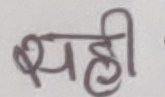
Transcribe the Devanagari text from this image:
शहीद